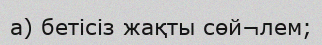
а) бетісіз жақты сөй¬лем;